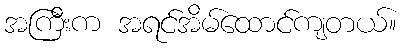
အကြီးက အရင်အိမ်ထောင်ကျတယ်။